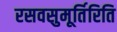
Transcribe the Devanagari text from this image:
रसवसुमूर्तिरिति